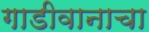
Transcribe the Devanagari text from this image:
गाडीवानाचा